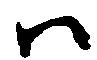
ハ